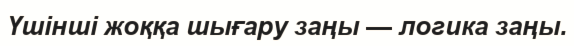
Үшінші жоққа шығару заңы — логика заңы.